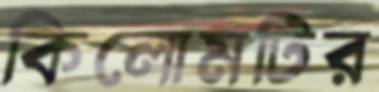
কিলোমটির